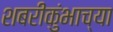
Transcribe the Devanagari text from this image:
शबरीकुंभाच्या